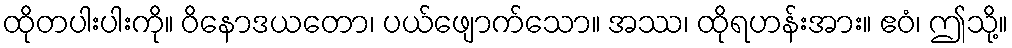
ထိုတပါးပါးကို။ ဝိနောဒယတော၊ ပယ်ဖျောက်သော။ အဿ၊ ထိုရဟန်းအား။ ဧဝံ၊ ဤသို့။